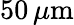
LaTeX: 50\, \mu\mathrm{m}